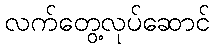
လက်တွေ့လုပ်ဆောင်